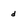
Character: d